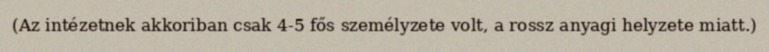
(Az intézetnek akkoriban csak 4-5 fős személyzete volt, a rossz anyagi helyzete miatt.)